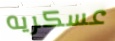
عسكريه